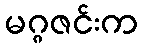
မဂ္ဂဇင်းက